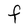
Character: F